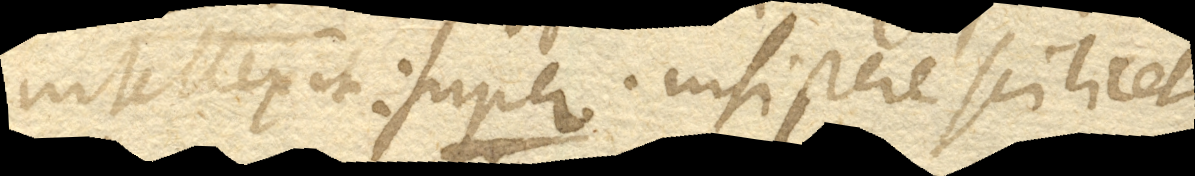
intellexit: super , insistere scilicet